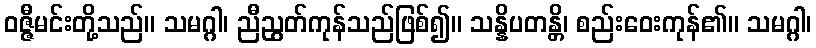
ဝဇ္ဇီမင်းတို့သည်။ သမဂ္ဂါ၊ ညီညွတ်ကုန်သည်ဖြစ်၍။ သန္နိပတန္တိ၊ စည်းဝေးကုန်၏။ သမဂ္ဂါ၊